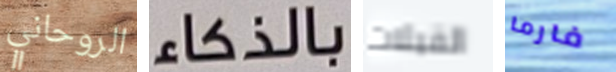
الروحاني بالذكاء القبلات فارما